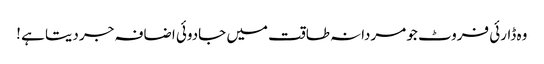
وہ ڈارئی فروٹ جو مردانہ طاقت میں جادوئی اضافہ جر دیتا ہے !